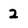
Character: 2